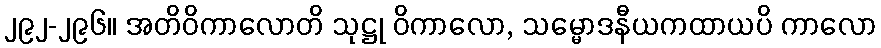
၂၉၂-၂၉၆။ အတိဝိကာလောတိ သုဋ္ဌု ဝိကာလော, သမ္မောဒနီယကထာယပိ ကာလော